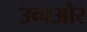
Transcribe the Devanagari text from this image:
उच्चऔर